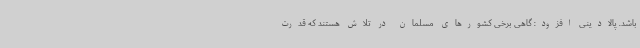
باشد. پالادینی افزود: گاهی برخی کشورهای مسلمان در تلاش هستند که قدرت